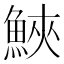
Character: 𩷟